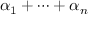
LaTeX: \alpha _ { 1 } + \cdots + \alpha _ { n }